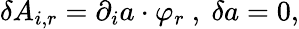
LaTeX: \delta A_{i,r}=\partial_{i}a\cdot\varphi_{r}\ ,\ \delta a=0,